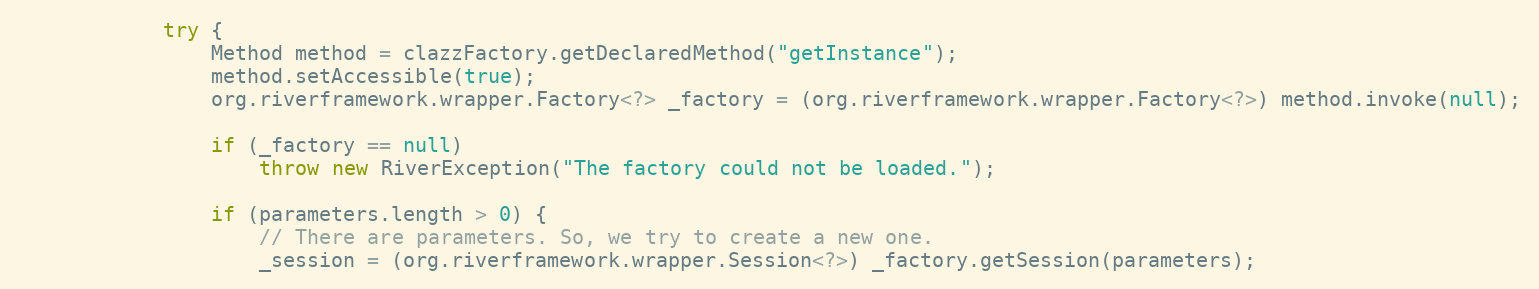
Language: Java
			try {
				Method method = clazzFactory.getDeclaredMethod("getInstance");
				method.setAccessible(true);
				org.riverframework.wrapper.Factory<?> _factory = (org.riverframework.wrapper.Factory<?>) method.invoke(null);

				if (_factory == null)
					throw new RiverException("The factory could not be loaded.");

				if (parameters.length > 0) {
					// There are parameters. So, we try to create a new one.
					_session = (org.riverframework.wrapper.Session<?>) _factory.getSession(parameters);